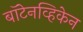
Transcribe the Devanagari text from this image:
बॉटेनव्हिकेन